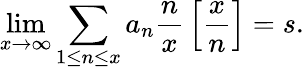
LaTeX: \operatorname*{lim}_{x\rightarrow\infty}\sum_{1\leq n\leq x}a_{n}{\frac{n}{x}}\left[{\frac{x}{n}}\right]=s.